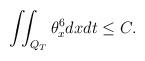
LaTeX: \begin{align*}\iint_{Q_T}\theta_x^6dxdt\leq C.\end{align*}